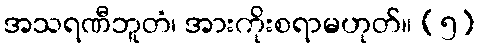
အသရဏီဘူတံ၊ အားကိုးစရာမဟုတ်။ (၅)